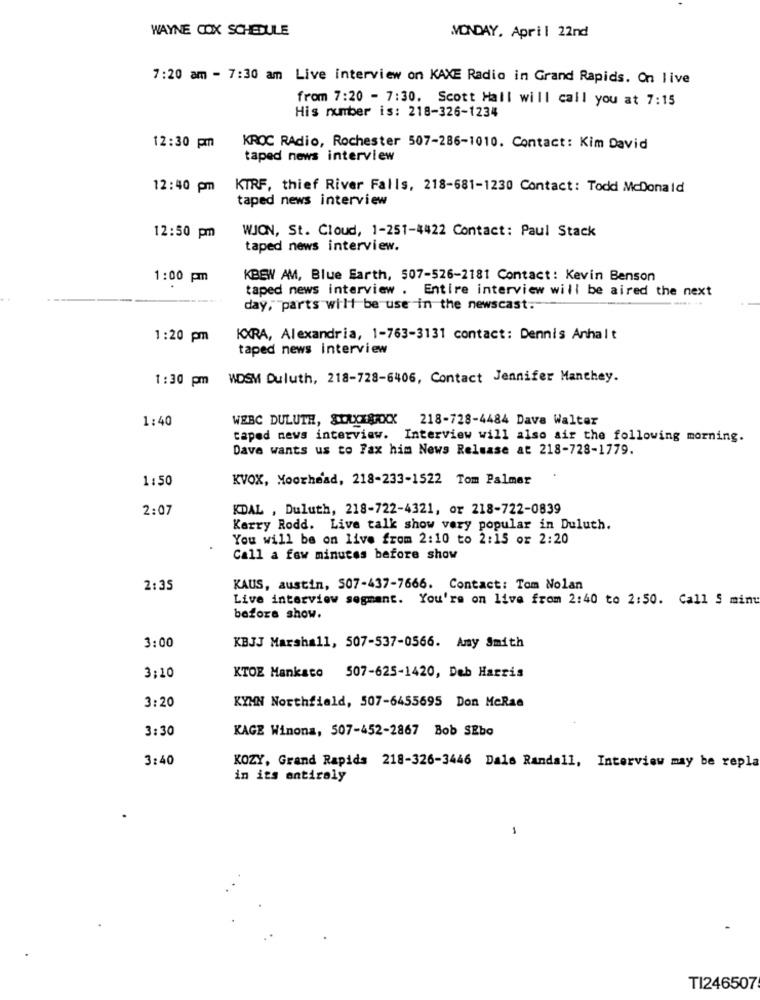
WAYNE COX SCHEDULE
MONDAY, April 22nd
7:20 am - 7:30 am Live interview on KAXE Radio in Grand Rapids. On live
from 7:20 - 7:30. Scott Hall will call you at 7:15
His number is: 218-326-1234
12:30 pm
KROC RAdio, Rochester 507-286-1010. Contact: Kim David
taped news interview
12:40 pm
KIRF, thief River Falls, 218-681-1230 Contact: Todd McDonald
taped news interview
WJON, St. Cloud, 1-251-4422 Contact: Paul Stack
12:50 pm
taped news interview.
1:00 pm
KBEW AM, Blue Earth, 507-526-2181 Contact: Kevin Benson
taped news interview . Entire interview will be aired the next
.. ..
day, parts will be use in the newscast.
1:20 pm
KXRA, Alexandria, 1-763-3131 contact: Dennis Anhalt
taped news interview
1:30 pm WDSM Duluth, 218-728-6406, Contact Jennifer Manchey.
1:40
WEBC DULUTH, SCAXISXXX 218-728-4484 Dava Walter
caped news interview. Interview will also air the following morning.
Dave wants us to Fax him News Release at 218-728-1779.
1:50
KVOX, Moorhead, 218-233-1522 Tom Palmer
2:07
KDAL , Duluth, 218-722-4321, or 218-722-0839
Kerry Rodd. Live talk show very popular in Duluth.
You will be on live from 2:10 to 2:15 or 2:20
Call a few minutes before show
2:35
KAUS, austin, 507-437-7666. Contact: Tom Nolan
Live interview segment. You're on live from 2:40 to 2:50. Call S mint
before show.
3:00
KBJJ Marshall, 507-537-0566. Amy Smith
3,10
KTOE Mankato 507-625-1420, Deb Harris
3:20
KYMN Northfield, 507-6455695 Don MeRae
3:30
KAGE Winona, 507-452-2867 Bob SEbo
3:40
KOZY, Grand Rapids 218-326-3446 Dals Randall, Interview may be repla
in its entirely
-
TI246507